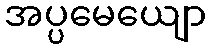
အပ္ပမေယျော